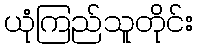
ယုံကြည်သူတိုင်း